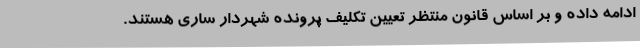
ادامه داده و بر اساس قانون منتظر تعیین تکلیف پرونده شهردار ساری هستند.